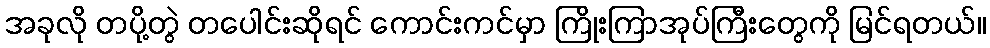
အခုလို တပို့တွဲ တပေါင်းဆိုရင် ကောင်းကင်မှာ ကြိုးကြာအုပ်ကြီးတွေကို မြင်ရတယ်။